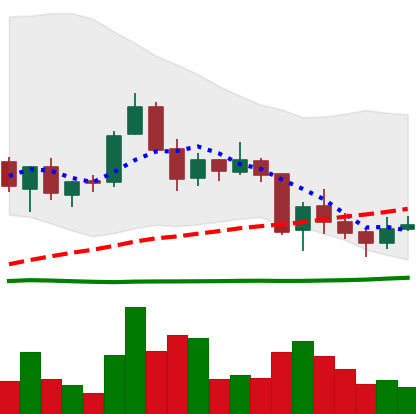
Ticker: TRX-USD
Chart end date: 2018-06-03
Forward return: -7.101%
Label: down_7plus